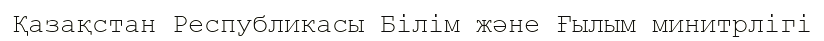
Қазақстан Республикасы Білім және Ғылым минитрлігі